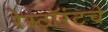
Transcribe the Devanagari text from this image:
रेस्टॉरंटचे